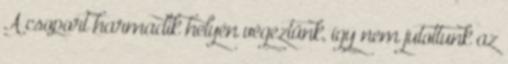
A csoport harmadik helyén végeztünk, így nem jutottunk az